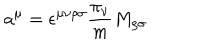
LaTeX: a ^ { \mu } = \epsilon ^ { \mu \nu \rho \sigma } \frac { \pi _ { \nu } } { m } M _ { \rho \sigma } \hspace { . 3 i n } .